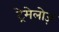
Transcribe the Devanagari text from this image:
ट्रेमेलोज़